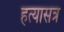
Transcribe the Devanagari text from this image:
हत्यासत्र